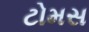
ટોમસ